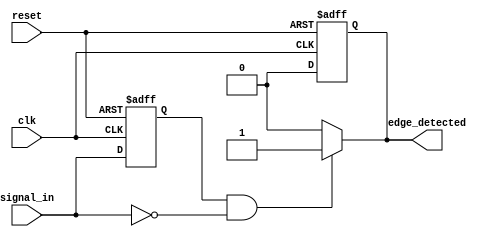
module negative_edge_detector (
    input wire clk,            // Clock signal
    input wire reset,          // Reset signal
    input wire signal_in,      // Input signal to be monitored
    output reg edge_detected    // Output signal indicating a negative edge
);

    reg signal_in_prev;        // Memory element to store the previous state of signal_in

    // Always block to handle the clock and reset
    always @(posedge clk or posedge reset) begin
        if (reset) begin
            signal_in_prev <= 1'b0; // Initialize previous state to 0 on reset
            edge_detected <= 1'b0;   // Initialize edge_detected to 0 on reset
        end else begin
            signal_in_prev <= signal_in; // Update previous state with current state
            edge_detected <= 1'b0;        // Reset edge_detected to 0
        end
    end

    // Combinational logic to detect negative edge
    always @(*) begin
        if (signal_in_prev == 1'b1 && signal_in == 1'b0) begin
            edge_detected = 1'b1; // Set edge_detected high for one clock cycle
        end else begin
            edge_detected = 1'b0; // Otherwise, keep it low
        end
    end

endmodule